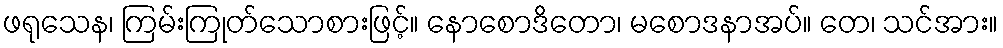
ဖရုသေန၊ ကြမ်းကြုတ်သောစားဖြင့်။ နောစောဒိတော၊ မစောဒနာအပ်။ တေ၊ သင်အား။